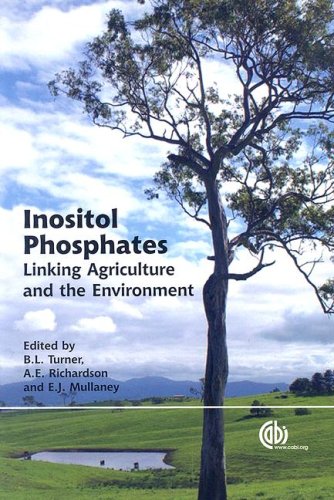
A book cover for Inositol Phosphates: Linking Agriculture and the Environment; Benjamin L Turner; Science & Math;